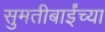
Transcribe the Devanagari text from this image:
सुमतीबाईंच्या